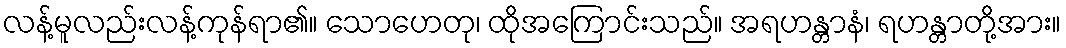
လန့်မူလည်းလန့်ကုန်ရာ၏။ သောဟေတု၊ ထိုအကြောင်းသည်။ အရဟန္တာနံ၊ ရဟန္တာတို့အား။